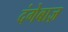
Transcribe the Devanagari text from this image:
दंगेबाज़